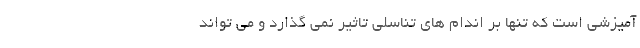
آمیزشی است که تنها بر اندام های تناسلی تاثیر نمی گذارد و می تواند